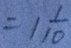
= 1 \frac { 1 } { 1 0 }